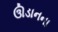
ઊડાનના